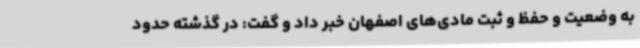
به وضعیت و حفظ و ثبت مادی‌های اصفهان خبر داد و گفت: در گذشته حدود